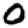
Digit: 0